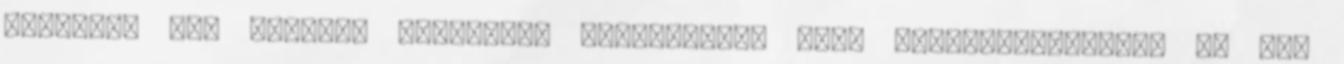
bulizás, rap Bogarak Borzalmas bogárfóbiám van. Skype-azonosítóm "A rap